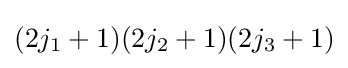
(2j_{1}+1)(2j_{2}+1)(2j_{3}+1)